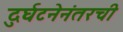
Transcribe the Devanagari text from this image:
दुर्घटनेनंतरची